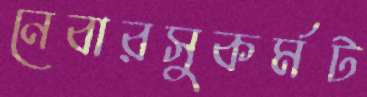
নেবারসুকর্মট